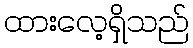
ထားလေ့ရှိသည်